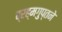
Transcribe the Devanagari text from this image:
ब्रह्मगुप्तने